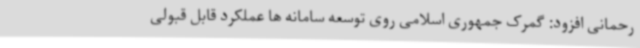
رحمانی افزود: گمرک جمهوری اسلامی روی توسعه سامانه ها عملکرد قابل قبولی